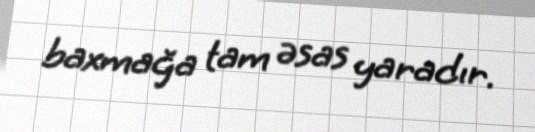
baxmağa tam əsas yaradır.